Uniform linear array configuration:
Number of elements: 4
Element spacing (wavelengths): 1
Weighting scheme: blackman
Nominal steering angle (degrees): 0
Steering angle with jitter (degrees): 0.05861
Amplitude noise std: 0.05
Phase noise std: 0.05

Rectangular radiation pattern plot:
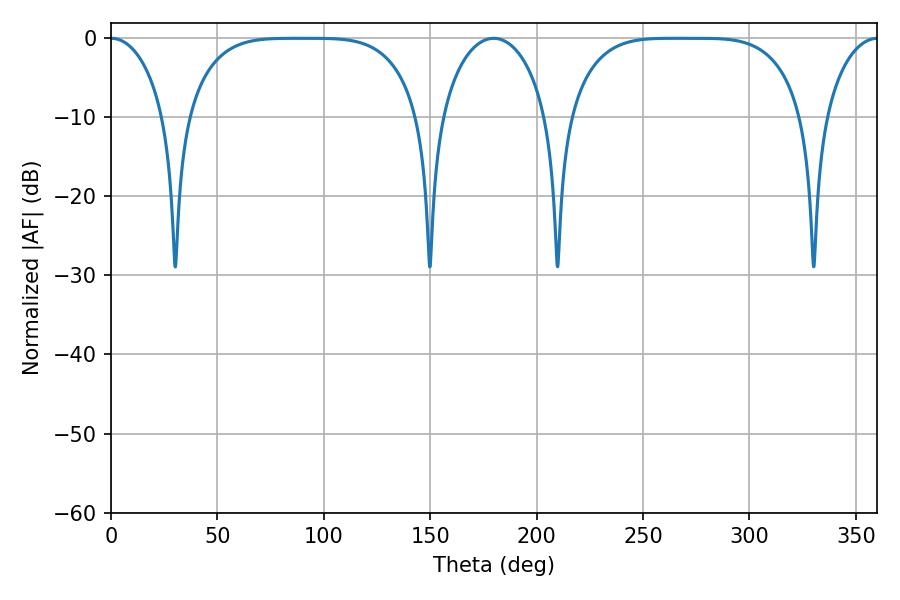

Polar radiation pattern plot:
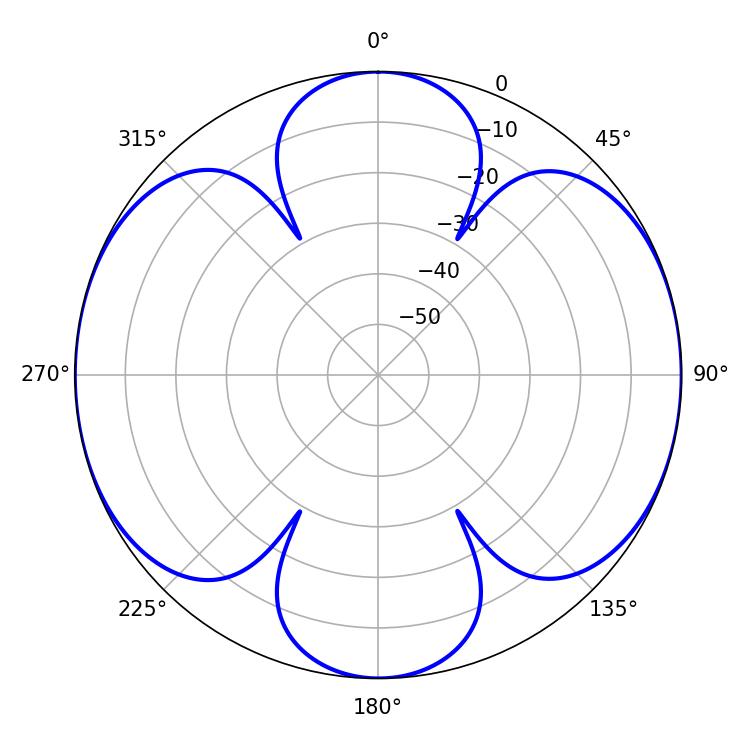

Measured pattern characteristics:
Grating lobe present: TRUE
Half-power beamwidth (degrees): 83.16
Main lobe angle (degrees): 265.68